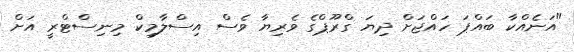
"އަނެއްކާ ބައްޕަ ހައްޖަށް ދިޔަ ގްރޫޕްގެ ވެރިޔާ ވެސް އިސްލާމިކް މިނިސްޓްރީ އަށް